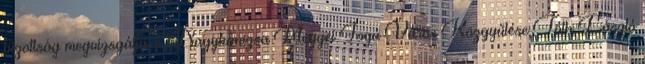
bizottság megvizsgálja-e. Nagykanizsa Megyei Jogú Város Közgyűlése Tóth László